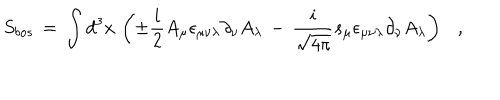
LaTeX: S _ { b o s } \, = \, \int d ^ { 3 } x \, \left( \pm \frac { i } { 2 } A _ { \mu } \epsilon _ { \mu \nu \lambda } \partial _ { \nu } A _ { \lambda } \, - \, \frac { i } { \sqrt { 4 \pi } } s _ { \mu } \epsilon _ { \mu \nu \lambda } \partial _ { \nu } A _ { \lambda } \right) ,